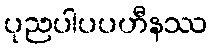
ပုညပါပပဟီနဿ